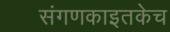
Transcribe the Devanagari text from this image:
संगणकाइतकेच